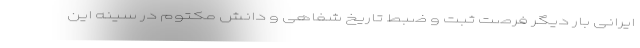
ایرانی بار دیگر فرصت ثبت و ضبط تاریخ شفاهی و دانش مکتوم در سینه این